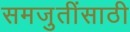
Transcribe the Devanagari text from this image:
समजुतींसाठी